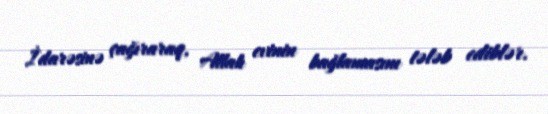
İdarəsinə çağıraraq, Allah evinin bağlamasını tələb ediblər.